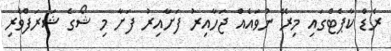
ރެޑް ކާޕެޓްގައި މިރޭ ނުވައެއް ޖަހާއިރު ފަށާއިރު ފަށާ މި ޝޯގެ ޝަރަފްވެރި